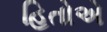
હિતોએ